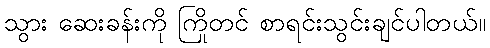
သွား ဆေးခန်းကို ကြိုတင် စာရင်းသွင်းချင်ပါတယ်။